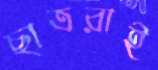
ছাত্ররাই